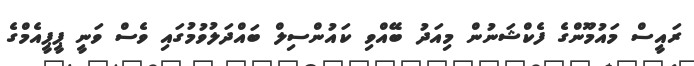
ރައީސް މައުމޫންގެ ފެކްޝަނުން މިއަދު ބޭއްވި ކައުންސިލް ބައްދަލުވުމުގައި ވެސް ވަނީ ޕީޕީއެމްގެ